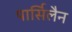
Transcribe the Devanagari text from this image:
पार्सिलैन